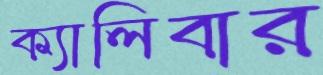
ক্যালিবার